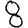
Digit: 8